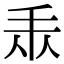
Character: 𢪐